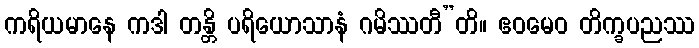
ကရိယမာနေ ကဒါ တန္တိ ပရိယောသာနံ ဂမိဿတီ”တိ။ ဧဝမေဝ တိက္ခပညဿ